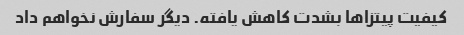
کیفیت پیتزاها بشدت کاهش یافته. دیگر سفارش نخواهم داد